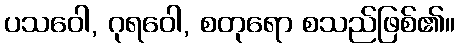
ပသဝေါ, ဂုရဝေါ, စတုရော စသည်ဖြစ်၏။